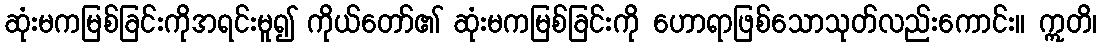
ဆုံးမကမြစ်ခြင်းကိုအရင်းမူ၍ ကိုယ်တော်၏ ဆုံးမကမြစ်ခြင်းကို ဟောရာဖြစ်သောသုတ်လည်းကောင်း။ ဣတိ၊